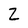
Character: Z